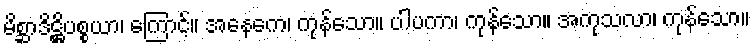
မိစ္ဆာဒိဋ္ဌိပစ္စယာ၊ ကြောင့်။ အနေကေ၊ ကုန်သော။ ပါပကာ၊ ကုန်သော။ အကုသလာ၊ ကုန်သော။